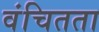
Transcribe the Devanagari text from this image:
वंचितता